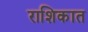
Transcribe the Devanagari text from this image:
राशिकात